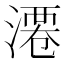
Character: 𣻝